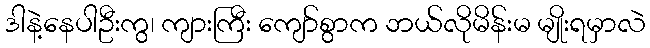
ဒါနဲ့နေပါဦးကွ၊ ကျားကြီး ကျော်စွာက ဘယ်လိုမိန်းမ မျိုးရမှာလဲ